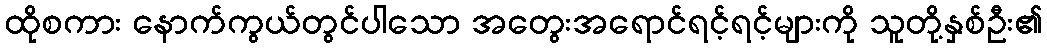
ထိုစကား နောက်ကွယ်တွင်ပါသော အတွေးအရောင်ရင့်ရင့်များကို သူတို့နှစ်ဦး၏